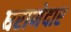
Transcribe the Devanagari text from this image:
घराणेदार